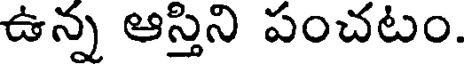
ఉన్న ఆస్తిని పంచటం.